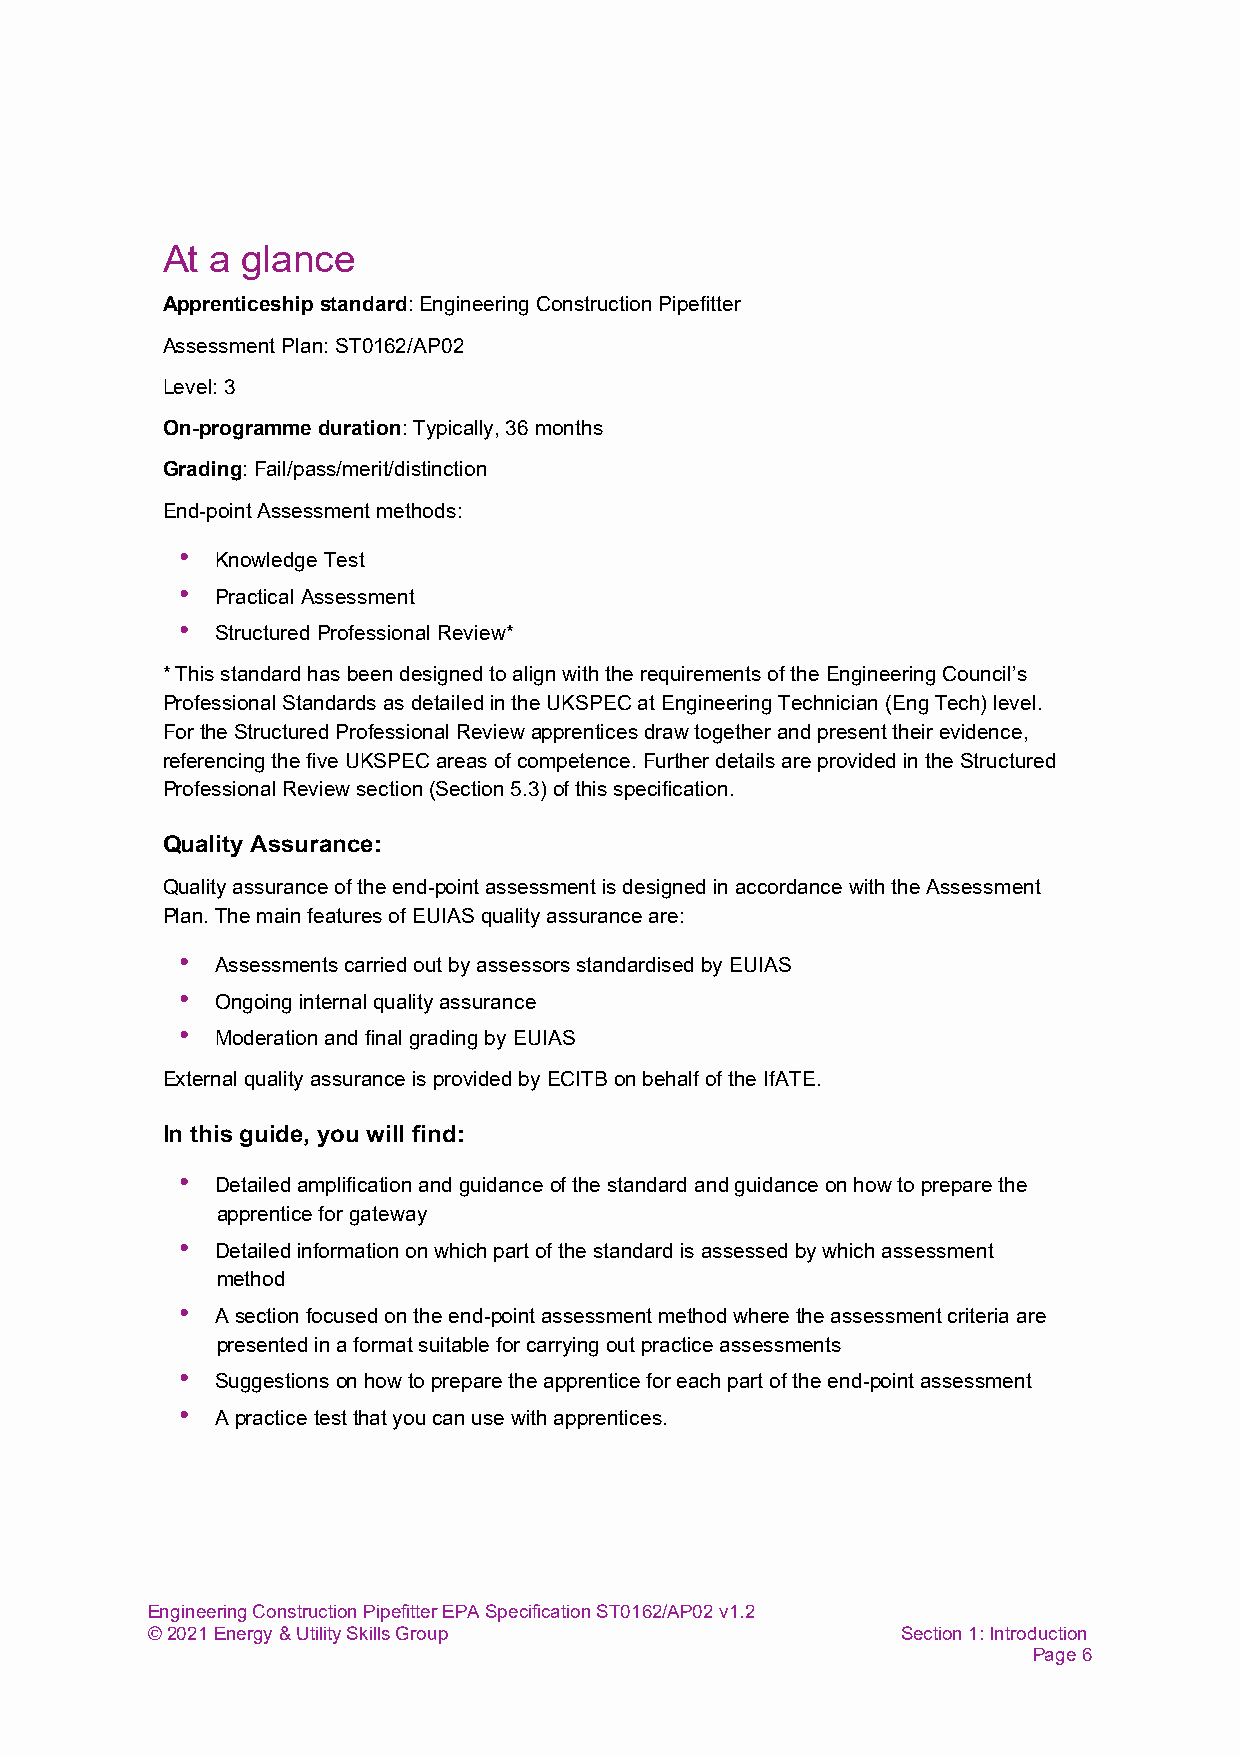
At a glance
 Apprenticeship standard: Engineering Construction Pipefitter
 Assessment Plan: ST0162/AP02
 Level: 3
 On-programme duration: Typically, 36 months
 Grading: Fail/pass/merit/distinction
 End-point Assessment methods:
 • Knowledge Test
 • Practical Assessment
 • Structured Professional Review*
 * This standard has been designed to align with the requirements of the Engineering Council’s
 Professional Standards as detailed in the UKSPEC at Engineering Technician (Eng Tech) level.
 For the Structured Professional Review apprentices draw together and present their evidence,
 referencing the five UKSPEC areas of competence. Further details are provided in the Structured
 Professional Review section (Section 5.3) of this specification.
 Quality Assurance:
 Quality assurance of the end-point assessment is designed in accordance with the Assessment
 Plan. The main features of EUIAS quality assurance are:
 • Assessments carried out by assessors standardised by EUIAS
 • Ongoing internal quality assurance
 • Moderation and final grading by EUIAS
 External quality assurance is provided by ECITB on behalf of the IfATE.
 In this guide, you will find:
 • Detailed amplification and guidance of the standard and guidance on how to prepare the
 apprentice for gateway
 • Detailed information on which part of the standard is assessed by which assessment
 method
 • A section focused on the end-point assessment method where the assessment criteria are
 presented in a format suitable for carrying out practice assessments
 • Suggestions on how to prepare the apprentice for each part of the end-point assessment
 • A practice test that you can use with apprentices.
 Engineering Construction Pipefitter EPA Specification ST0162/AP02 v1.2
 © 2021 Energy & Utility Skills Group              Section 1: Introduction
 Page 6